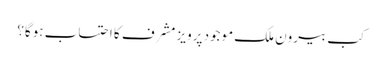
کب بیرون ملک موجود پرویز مشرف کا احتساب ہوگا؟